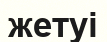
жетуі